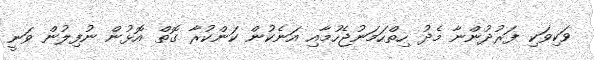
ވަކިވަކި ފަރުދުންނާ މެދު ހިތްހަމަނުޖެހުމާއި އަނެކުން ކަންކުރާ ގޮތް އޮޅުން ނުފިލުން ވަނީ